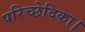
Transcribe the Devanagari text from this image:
परिच्छेदिका।